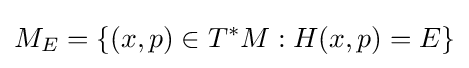
M_{E}=\{(x,p)\in T^{*}M:H(x,p)=E\}